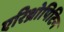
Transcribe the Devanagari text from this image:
एरिथ्रोपिटिन